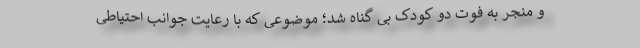
و منجر به فوت دو کودک بی گناه شد؛ موضوعی که با رعایت جوانب احتیاطی